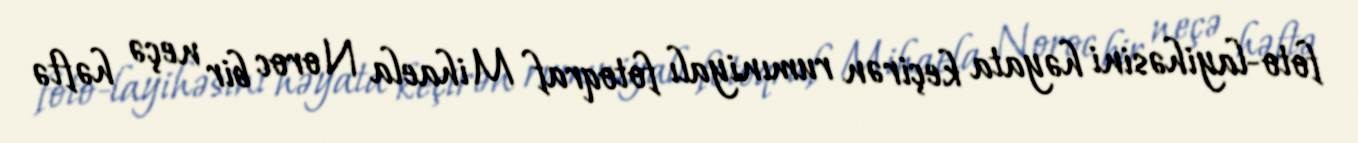
foto-layihəsini həyata keçirən rumıniyalı fotoqraf Mihaela Noroc bir neçə həftə